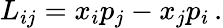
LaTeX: L_{ij}=x_{i}p_{j}-x_{j}p_{i}\, .